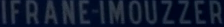
IFRANE-IMOUZZER